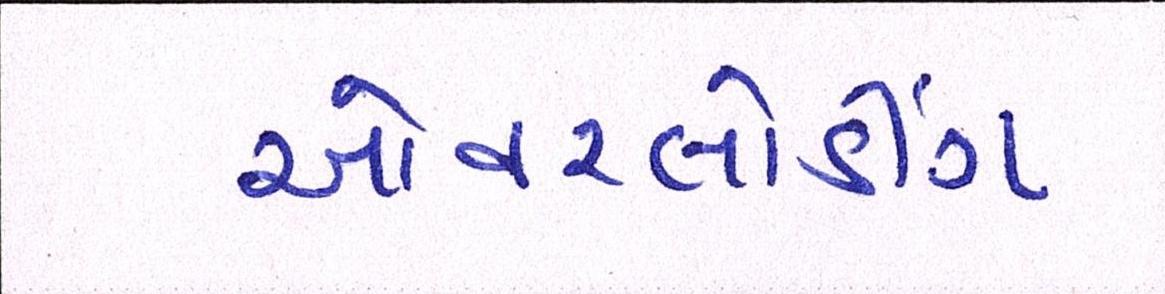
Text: ઓવરલોડીંગ